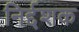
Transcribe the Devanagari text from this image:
निर्द्दशक